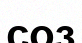
соз